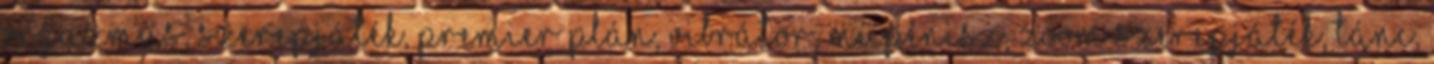
Orgazmus, Szerepjáték, Premier plán, Vibrátor, Műpénisz, Zoom Szerepjáték, Tánc,